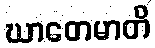
ဃာတေမာတိ